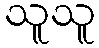
သူသူ